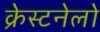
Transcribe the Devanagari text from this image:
क्रेस्टनेलो